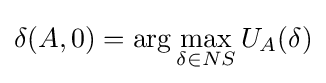
\delta (A,0)=\arg \max _{\delta \in {NS}}U_{A}(\delta )